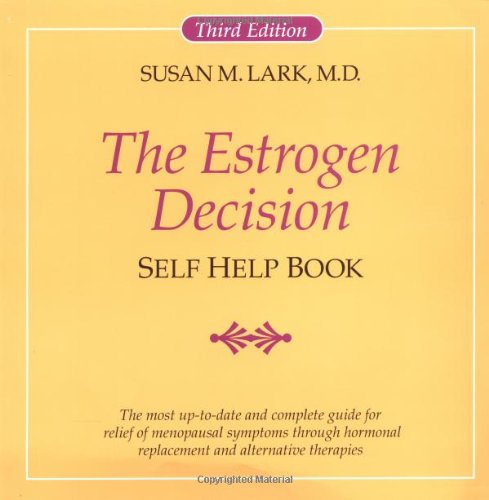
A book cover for The Estrogen Decision: Self Help Book; Susan M. Lark; Health, Fitness & Dieting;